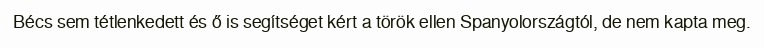
Bécs sem tétlenkedett és ő is segítséget kért a török ellen Spanyolországtól, de nem kapta meg.